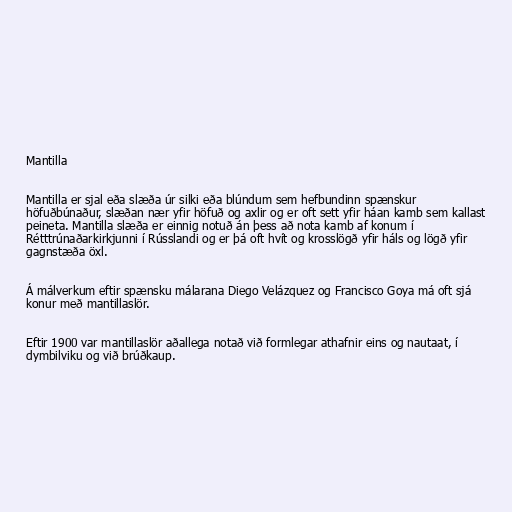
Mantilla

Mantilla er sjal eða slæða úr silki eða blúndum sem hefbundinn spænskur
höfuðbúnaður, slæðan nær yfir höfuð og axlir og er oft sett yfir háan kamb sem kallast
peineta. Mantilla slæða er einnig notuð án þess að nota kamb af konum í
Rétttrúnaðarkirkjunni í Rússlandi og er þá oft hvít og krosslögð yfir háls og lögð yfir
gagnstæða öxl.

Á málverkum eftir spænsku málarana Diego Velázquez og Francisco Goya má oft sjá
konur með mantillaslör.

Eftir 1900 var mantillaslör aðallega notað við formlegar athafnir eins og nautaat, í
dymbilviku og við brúðkaup.